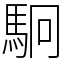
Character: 駉